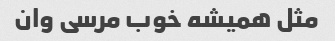
مثل همیشه خوب مرسی وان